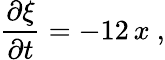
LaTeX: \frac{\partial\xi}{\partial t}=-12\, x\ ,